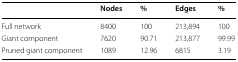
<table><thead><tr><td></td><td><b>Nodes</b></td><td><b>%</b></td><td><b>Edges</b></td><td><b>%</b></td></tr></thead><tbody><tr><td>Full network</td><td>8400</td><td>100</td><td>213,894</td><td>100</td></tr><tr><td>Giant component</td><td>7620</td><td>90.71</td><td>213,877</td><td>99.99</td></tr><tr><td>Pruned giant component</td><td>1089</td><td>12.96</td><td>6815</td><td>3.19</td></tr></tbody></table>